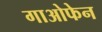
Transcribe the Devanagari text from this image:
गाओफेन